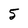
Character: 5